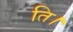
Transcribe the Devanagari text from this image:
ति।